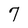
Character: 7